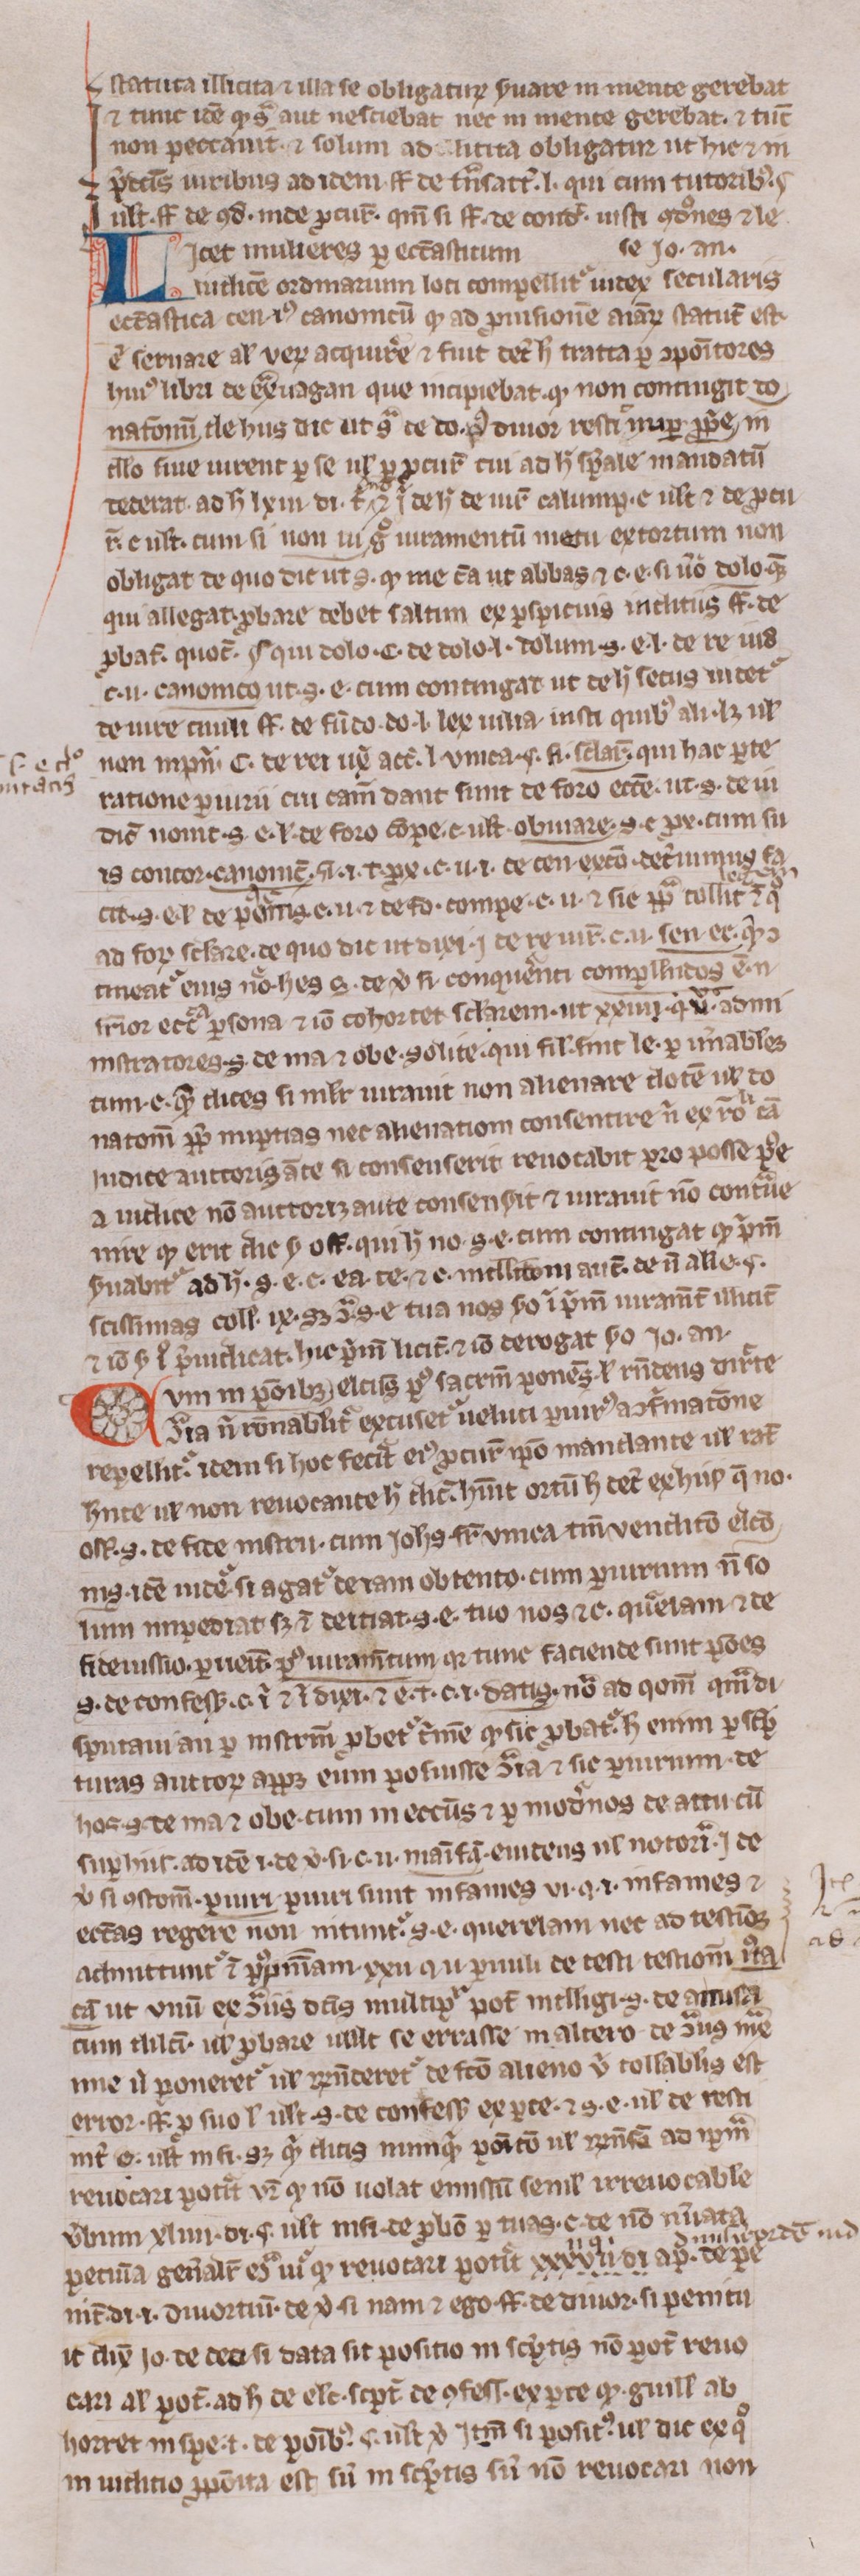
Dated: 1300–1399